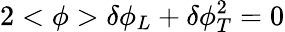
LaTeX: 2<\phi>\delta\phi_{L}+\delta\phi_{T}^{2}=0